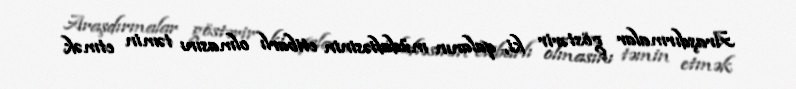
Araşdırmalar göstərir ki, qalanın müdafiəsinin etibarlı olmasını təmin etmək